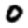
Digit: 0